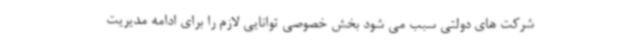
شرکت های دولتی سبب می شود بخش خصوصی توانایی لازم را برای ادامه مدیریت